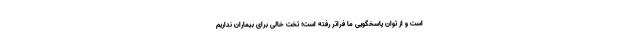
است و از توان پاسخگویی ما فراتر رفته است؛ تخت خالی برای بیماران نداریم